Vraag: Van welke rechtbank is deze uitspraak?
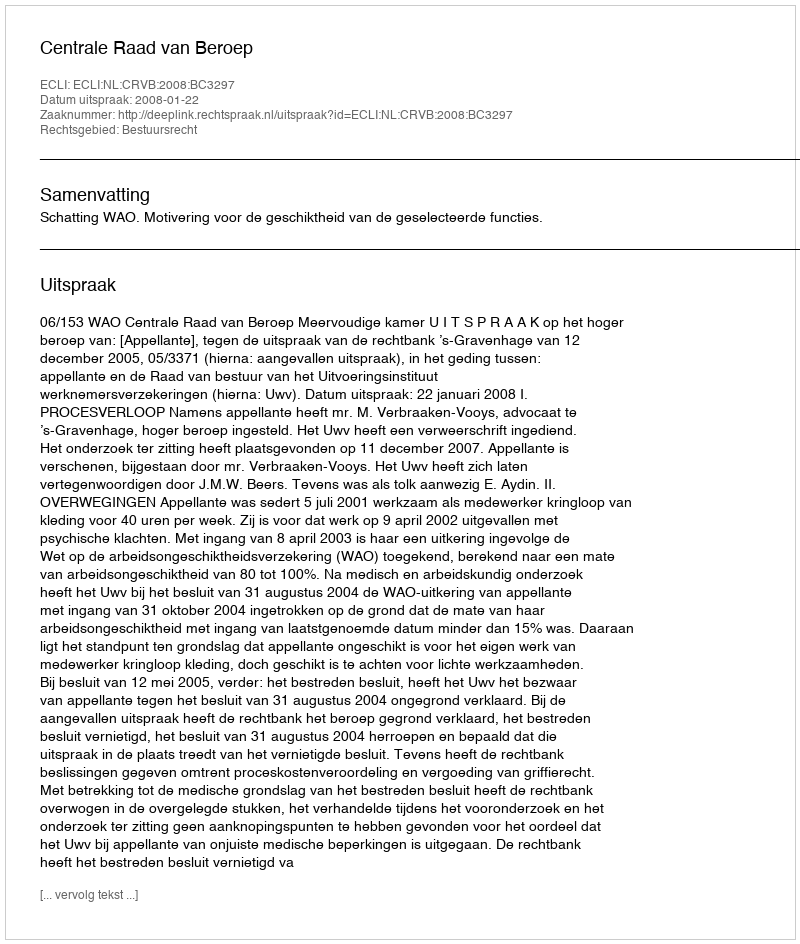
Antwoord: Centrale Raad van Beroep